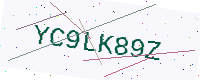
Text: YC9LK89Z